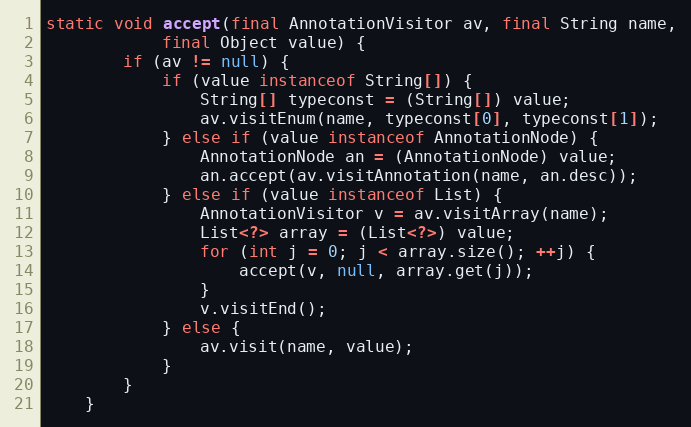
Language: Java
static void accept(final AnnotationVisitor av, final String name,
            final Object value) {
        if (av != null) {
            if (value instanceof String[]) {
                String[] typeconst = (String[]) value;
                av.visitEnum(name, typeconst[0], typeconst[1]);
            } else if (value instanceof AnnotationNode) {
                AnnotationNode an = (AnnotationNode) value;
                an.accept(av.visitAnnotation(name, an.desc));
            } else if (value instanceof List) {
                AnnotationVisitor v = av.visitArray(name);
                List<?> array = (List<?>) value;
                for (int j = 0; j < array.size(); ++j) {
                    accept(v, null, array.get(j));
                }
                v.visitEnd();
            } else {
                av.visit(name, value);
            }
        }
    }